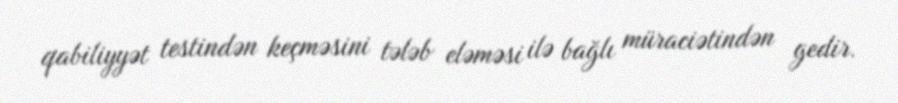
qabiliyyət testindən keçməsini tələb eləməsi ilə bağlı müraciətindən gedir.